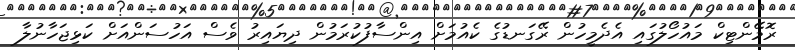
ރޮމޭންޓިކް މައުހޯލުގައި އެދެމީހުން ރޭގަނޑުގެ ކެއުމަށް އިންސާފުކުރަމުން ދިޔައިރު ވެސް އަހުސަންއަށް ކަޅިޖަހާނުލާ